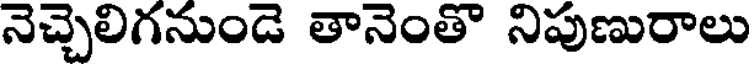
నెచ్చెలిగనుండె తానెంతొ నిపుణురాలు